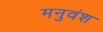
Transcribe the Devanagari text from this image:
मनुवंश